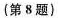
(第8题)